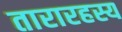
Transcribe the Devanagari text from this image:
तारारहस्य